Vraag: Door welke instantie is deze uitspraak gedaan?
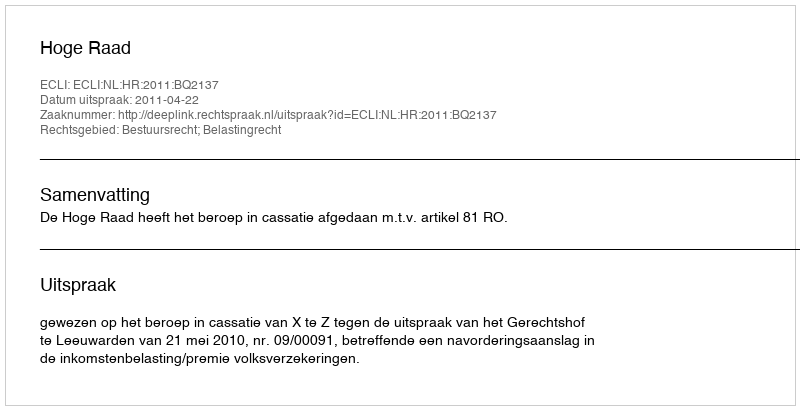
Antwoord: Hoge Raad